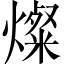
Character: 燦